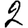
Digit: 2